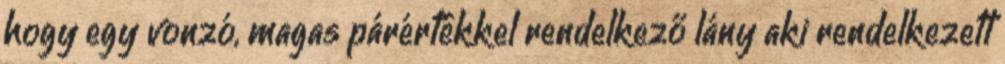
hogy egy vonzó, magas párértékkel rendelkező lány aki rendelkezett